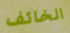
الخائف